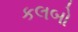
કલબો